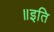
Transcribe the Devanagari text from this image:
॥इति